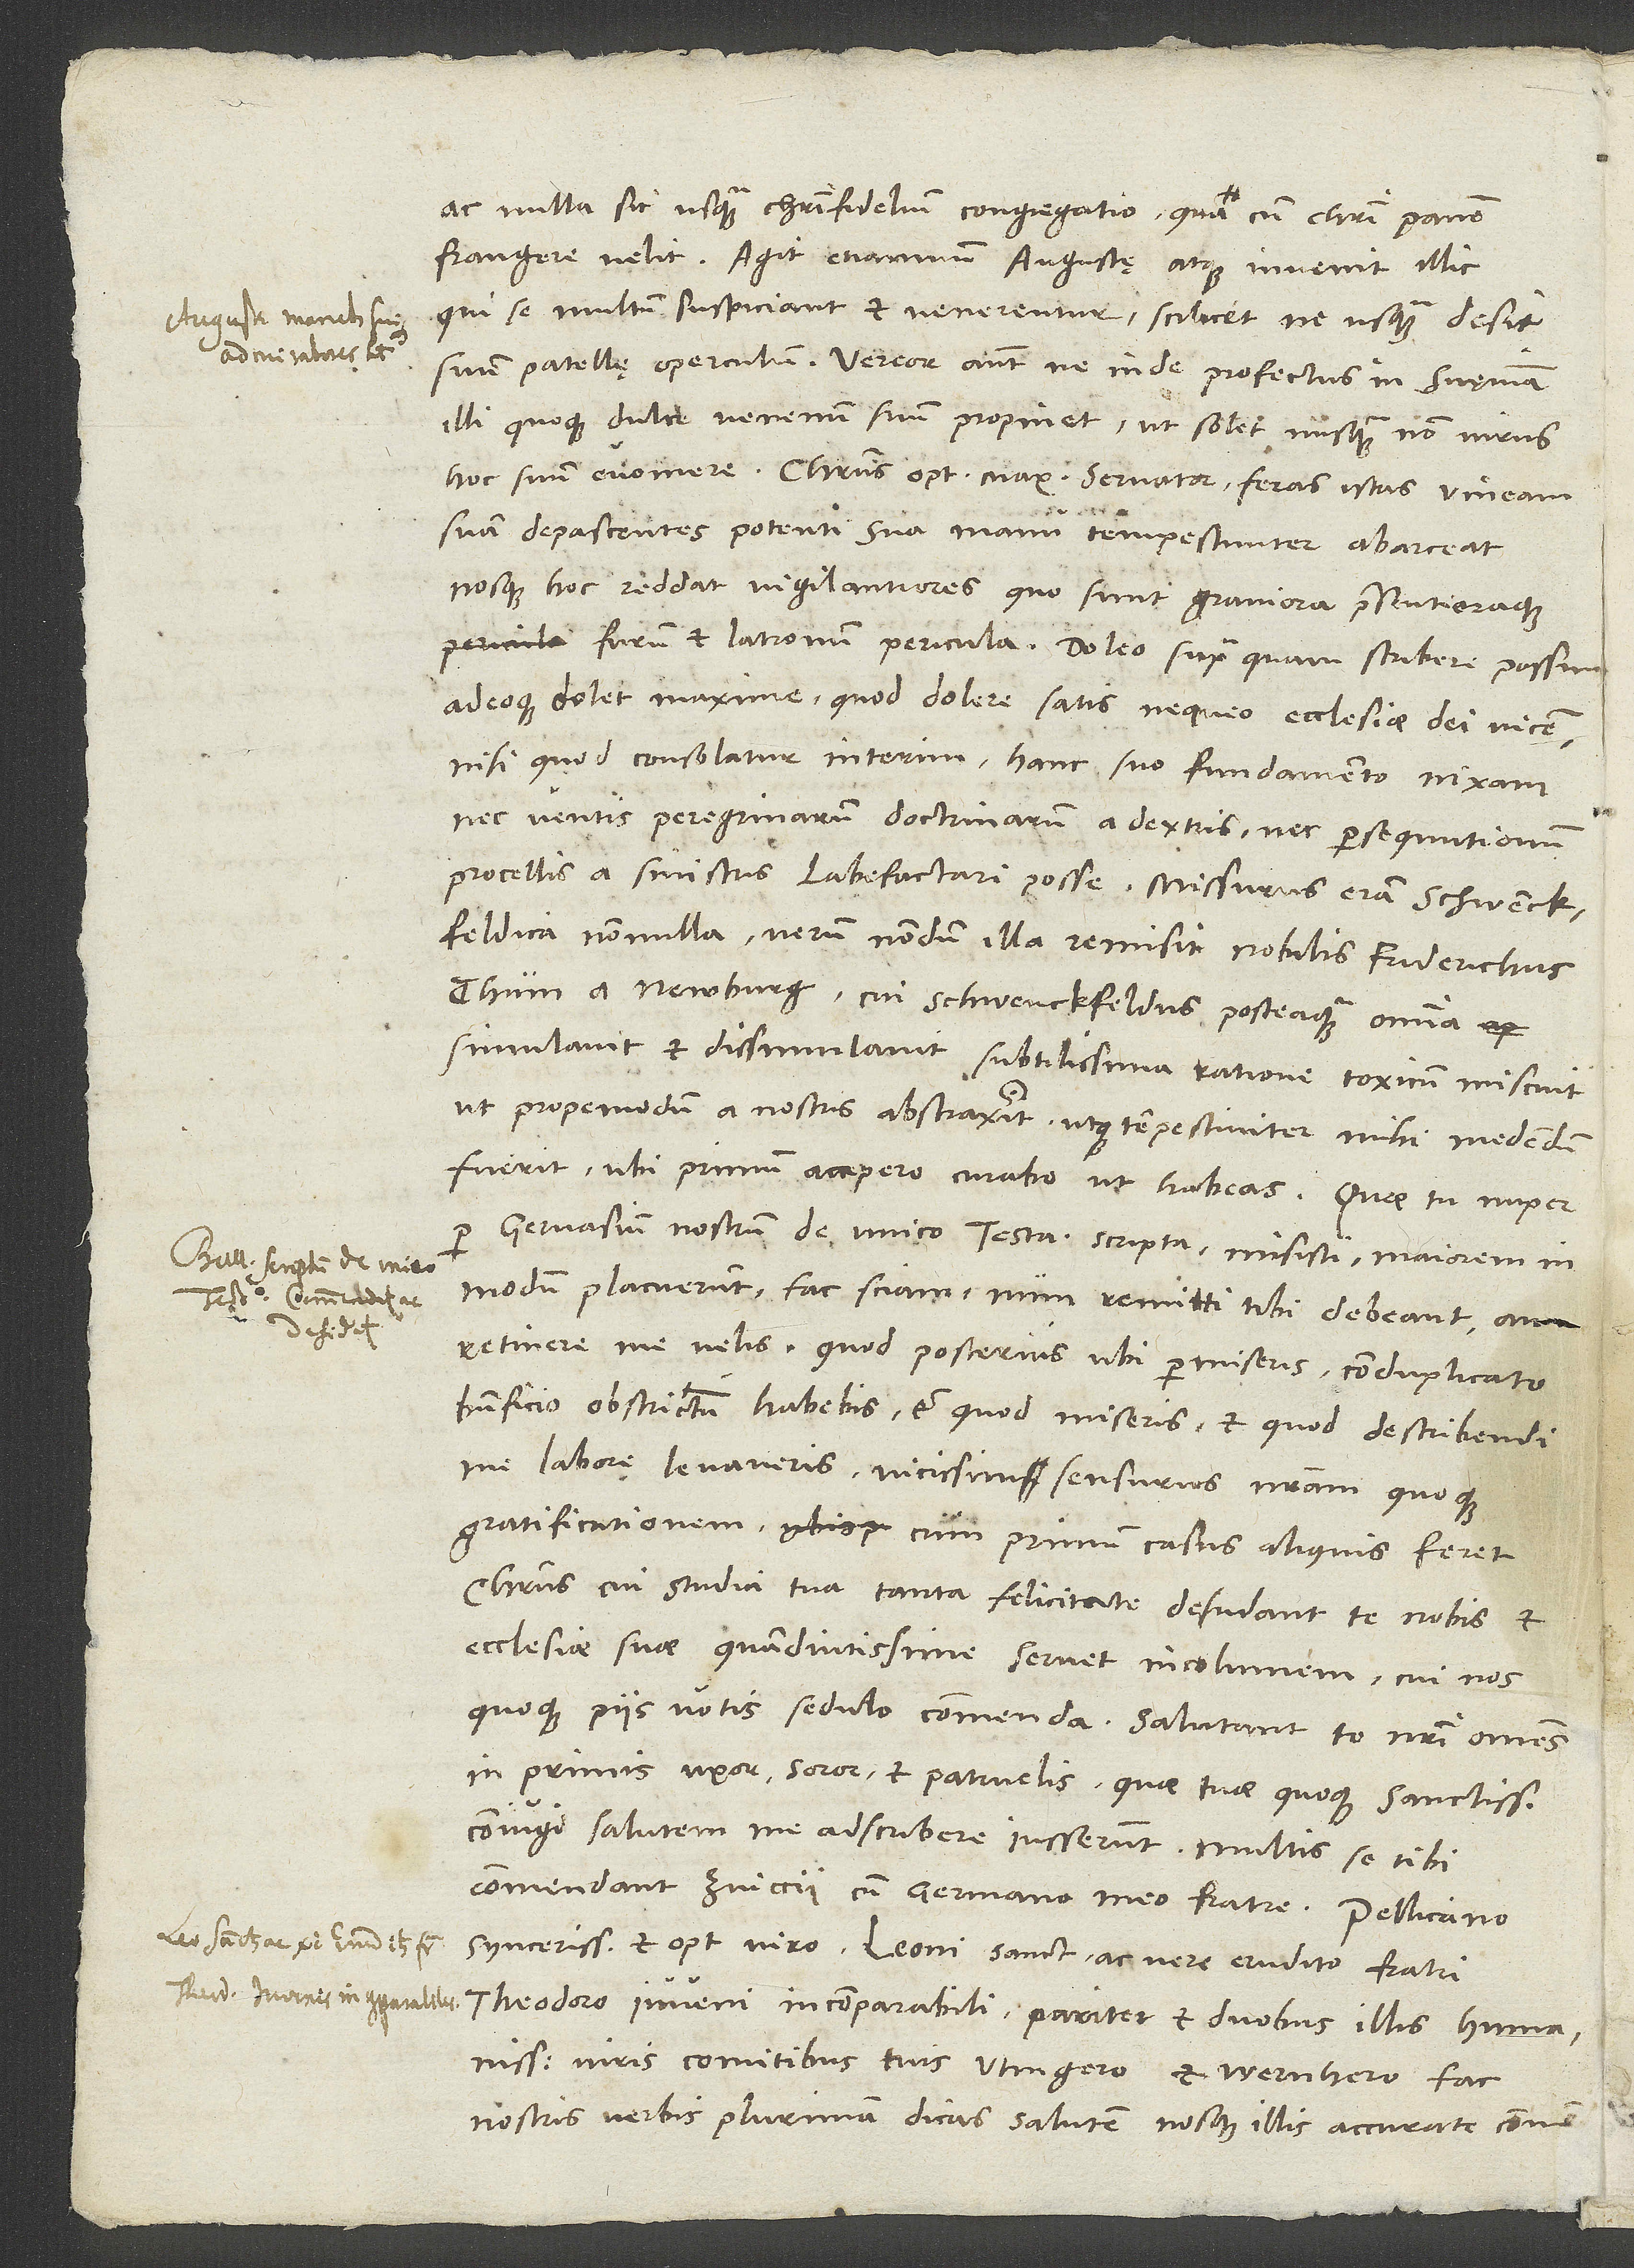
ac nulla sit usquam Christi fidelium congregatio, quacum Christi panem
frangere velit. Agit etiamnum Augustae atque invenit illic,
qui se multum suspiciant et venerentur, scilicet ne usquam desit
suum patellę operculum. Vereor autem, ne inde profectus in Sueviam
illi quoque dulce venenum suum propinet, ut solet nusquam non virus
hoc suum evomere. Christus, optimus maximus servator, feras istas vineam
suam depascentes potenti sua manu tempestiviter abarceat
nosque hoc reddat vigilantiores, quo sunt graviora praesentioraque
adeoque dolet maxime, quod dolere satis nequeo ecclesiae dei vicem,
nisi quod consolatur interim hanc suo fundamento nixam
nec ventis peregrinarum doctrinarum a dextris nec persequutionum
procellis a sinistris labefactari posse. Missurus eram Schwenckfeldica
nonnulla, verum nondum illa remisit nobilis Friderichus
Thum a Newburg, cui Schwenckfeldus, posteaquam omnia
simulavit et dissimulavit, subtilissima ratione toxicum miscuit,
ut propemodum a nostris abstraxerit utque tempestiviter mihi medendum
fuerit. Ubi primum accepero, curabo, ut habeas.
Gervasium nostrum «De unico testamento» scripta misisti, maiorem in
modum placuerunt. Fac sciam, num remitti tibi debeant an
retinere me velis. Quod posterius ubi permiseris, conduplicato
beneficio obstrictum habebis, et quod miseris, et quod describendi
me labore levaveris, vicissim sensurus nostram quoque
gratificationem, cum primum casus aliquis feret.
Christus, cui studia tua tanta felicitate desudant, te nobis et
ecclesiae suae quam diutissime servet incolumem. Cui nos
inprimis uxor, soror et patruelis, quae tuae quoque sanctissimae
coniugi salutem me adscribere iusserunt. Multis se tibi
commendant Zuiccii cum germano meo fratre. Pellicano,
syncerissimo et optimo viro, Leoni, sancto ac vere erudito fratri,
Theodoro, iuveni incomparabili, pariter et duobus illis humanissimis
viris, comitibus tuis, Utingero et Wernhero, fac
nostris verbis plurimam dicas salutem nosque illis accurate commen.